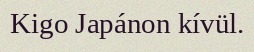
Kigo Japánon kívül.